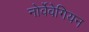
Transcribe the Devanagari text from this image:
नोर्वेवेगियन